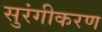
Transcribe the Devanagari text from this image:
सुरंगीकरण